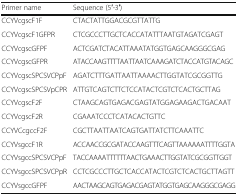
| Primer name | Sequence (5′-3′) |
 | --- | --- |
 | CCYVcgscF1F | CTACTATTGGACGCGTTATTG |
 | CCYVcgscF1GFPR | CTCGCCCTTGCTCACCATATTTAATGTAGATCGAGT |
 | CCYVcgscGFPF | ACTCGATCTACATTAAATATGGTGAGCAAGGGCGAG |
 | CCYVcgscGFPR | ATACCAAGTTTTAATTAATCAAAGATCTACCATGTACAGC |
 | CCYVcgscSPCSVCPpF | AGATCTTTGATTAATTAAAACTTGGTATCGCGGTTG |
 | CCYVcgscSPCSVpCPR | ATTGTCAGTCTTCTCCATACTCGTCTCACTGCTTAG |
 | CCYVcgscF2F | CTAAGCAGTGAGACGAGTATGGAGAAGACTGACAAT |
 | CCYVcgscF2R | CGAAATCCCTCATACACTGTTC |
 | CCYVCcgccF2F | CGCTTAATTAATCAGTGATTATCTTCAAATTC |
 | CCYVsgccF1R | ACCAACCGCGATACCAAGTTTCAGTTAAAAAATTTTGGTA |
 | CCYVsgccSPCSVCPpF | TACCAAAATTTTTTAACTGAAACTTGGTATCGCGGTTGGT |
 | CCYVsgccSPCSVCPpR | CCTCGCCCTTGCTCACCATACTCGTCTCACTGCTTAGTT |
 | CCYVsgccGFPF | AACTAAGCAGTGAGACGAGTATGGTGAGCAAGGGCGAGG |